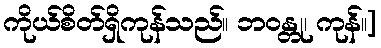
ကိုယ်စိတ်ရှိကုန်သည်။ ဘဝန္တု၊ ကုန်။]